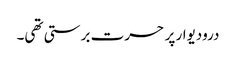
درودیوار پر حسرت برستی تھی۔